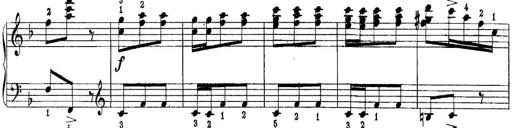
Title: Quatres sonatines
Composer: Tadeusz Joteyko